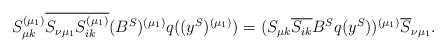
LaTeX: \begin{align*}S^{(\mu_1)}_{\mu k}\overline{S_{\nu \mu_1} S^{(\mu_1)}_{i k}} (B^S)^{(\mu_1)} q((y^S)^{(\mu_1)})=(S_{\mu k} \overline{S_{i k}}B^S q(y^S))^{(\mu_1)} \overline{S}_{\nu \mu_1}.\end{align*}